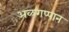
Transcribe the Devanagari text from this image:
अळगप्पान